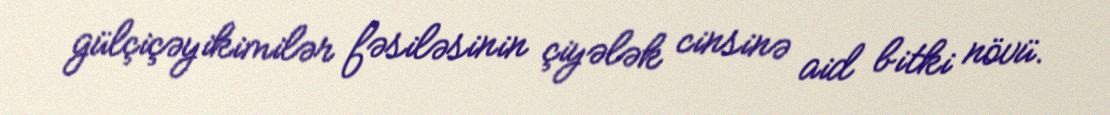
gülçiçəyikimilər fəsiləsinin çiyələk cinsinə aid bitki növü.